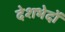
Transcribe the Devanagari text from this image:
देशभेदों